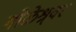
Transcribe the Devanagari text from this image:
गोळेश्र्वर